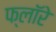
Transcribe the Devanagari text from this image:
फ्लॉरे